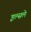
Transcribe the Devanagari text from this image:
इल्सले